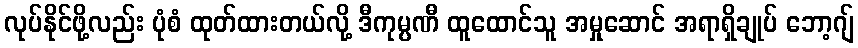
လုပ်နိုင်ဖို့လည်း ပုံစံ ထုတ်ထားတယ်လို့ ဒီကုမ္ပဏီ ထူထောင်သူ အမှုဆောင် အရာရှိချုပ် ဘော့ဂျ်